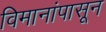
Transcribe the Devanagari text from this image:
विमानांपासून